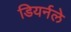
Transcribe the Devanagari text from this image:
डियर्नले